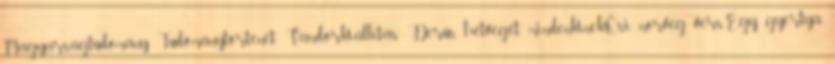
Magyarságtudomány, Tudománytörténet, Vándorkiállítás Derűs hétvégét mindenkinek,Ősi norvég vers,Egy gyertya